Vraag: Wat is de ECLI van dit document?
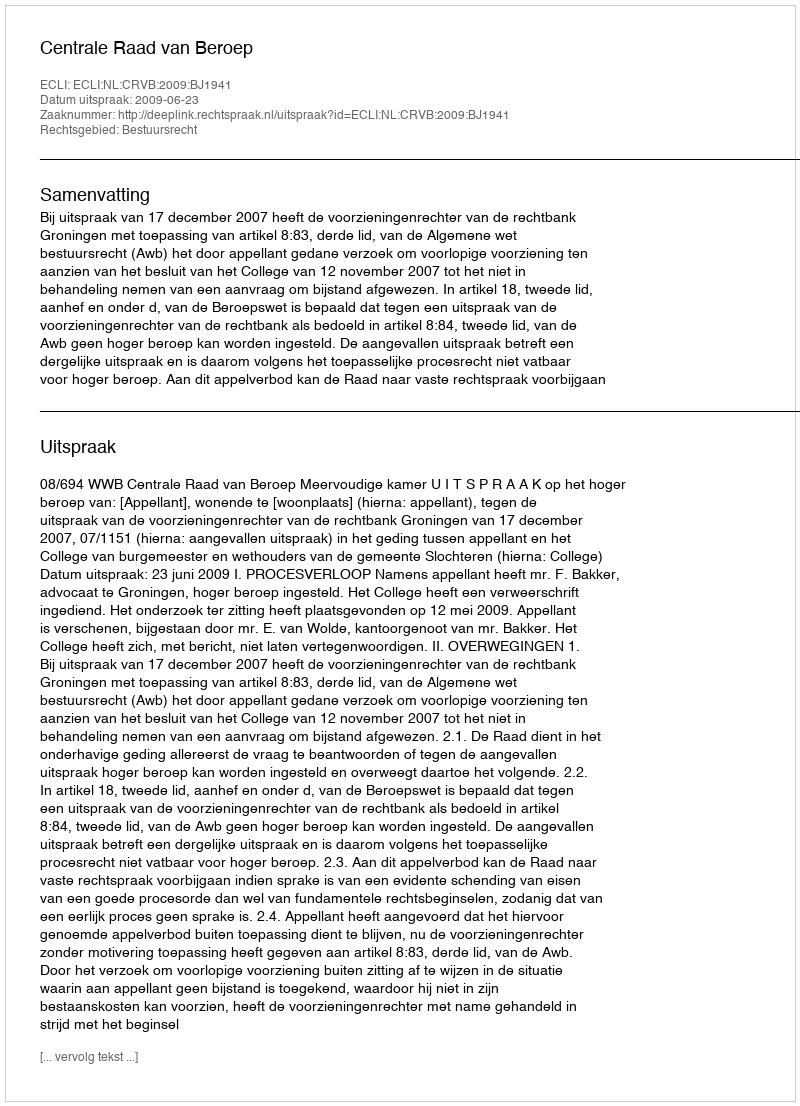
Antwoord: ECLI:NL:CRVB:2009:BJ1941